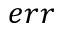
e r r